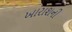
ખારાશની